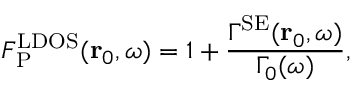
F _ { \mathrm { P } } ^ { \mathrm { L D O S } } ( { \bf r } _ { 0 } , \omega ) = 1 + \frac { \Gamma ^ { \mathrm { S E } } ( { \bf r } _ { 0 } , \omega ) } { \Gamma _ { 0 } ( \omega ) } ,